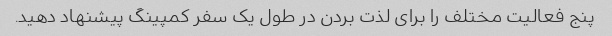
پنج فعالیت مختلف را برای لذت بردن در طول یک سفر کمپینگ پیشنهاد دهید.